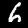
Label: 6